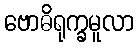
ဗောဓိရုက္ခမူလာ